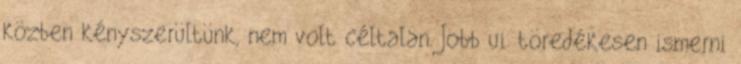
közben kényszerültünk, nem volt céltalan. Jobb ui. töredékesen ismerni